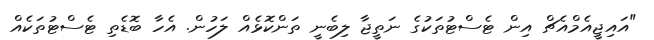
"އައިޖީއެމްއެޗް އިން ޓެސްޓުތަކުގެ ނަތީޖާ ލިބެނީ ތަންކޮޅެއް ލަހުން. އެހާ ބޮޑެތި ޓެސްޓުތަކެއް